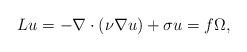
LaTeX: \begin{align*}{ L}u=-\nabla \cdot (\nu \nabla u)+ \sigma u = f \Omega ,\end{align*}